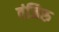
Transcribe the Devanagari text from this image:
वंजिरु